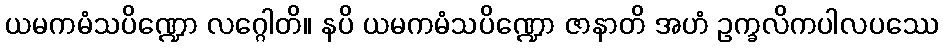
ယမကမံသပိဏ္ဍော လဂ္ဂေါတိ။ နပိ ယမကမံသပိဏ္ဍော ဇာနာတိ အဟံ ဥက္ခလိကပါလပဿေ